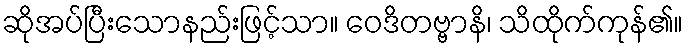
ဆိုအပ်ပြီးသောနည်းဖြင့်သာ။ ဝေဒိတဗ္ဗာနိ၊ သိထိုက်ကုန်၏။